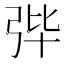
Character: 𪪼